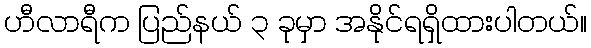
ဟီလာရီက ပြည်နယ် ၃ ခုမှာ အနိုင်ရရှိထားပါတယ်။